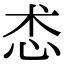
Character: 怸